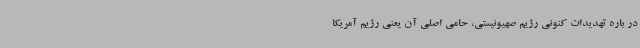
در باره تهدیدات کنونی رژیم صهیونیستی، حامی اصلی آن یعنی رژیم آمریکا